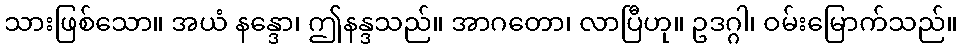
သားဖြစ်သော။ အယံ နန္ဒော၊ ဤနန္ဒသည်။ အာဂတော၊ လာပြီဟု။ ဥဒဂ္ဂါ၊ ဝမ်းမြောက်သည်။